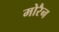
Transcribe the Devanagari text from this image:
मोरैन